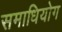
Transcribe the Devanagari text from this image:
समाधियोग